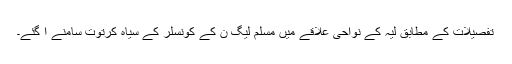
تفصیلات کے مطابق لیہ کے نواحی علاقے میں مسلم لیگ ن کے کونسلر کے سیاہ کرتوت سامنے آ گئے۔